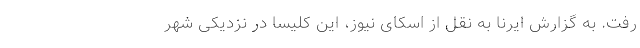
رفت. به گزارش ایرنا به نقل از اسکای نیوز، این کلیسا در نزدیکی شهر